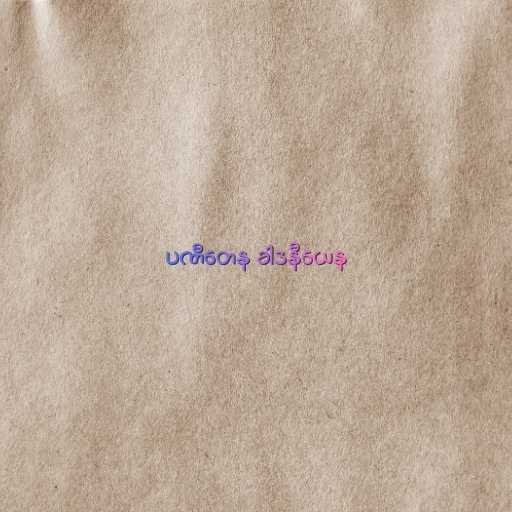
ပဏီတေန ခါဒနီယေန